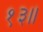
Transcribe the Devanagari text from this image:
१३॥